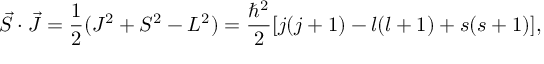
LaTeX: { \vec { S } } \cdot { \vec { J } } = { \frac { 1 } { 2 } } ( J ^ { 2 } + S ^ { 2 } - L ^ { 2 } ) = { \frac { \hbar ^ { 2 } } { 2 } } [ j ( j + 1 ) - l ( l + 1 ) + s ( s + 1 ) ] ,